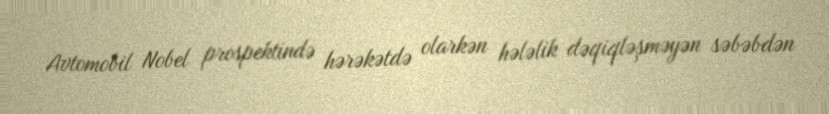
Avtomobil Nobel prospektində hərəkətdə olarkən hələlik dəqiqləşməyən səbəbdən